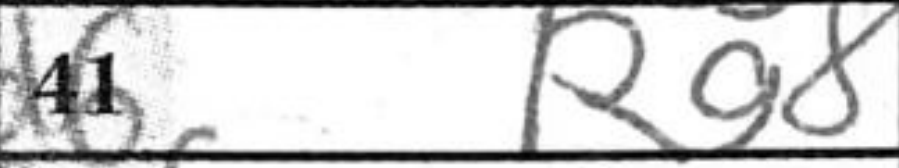
Transcription: Rg8